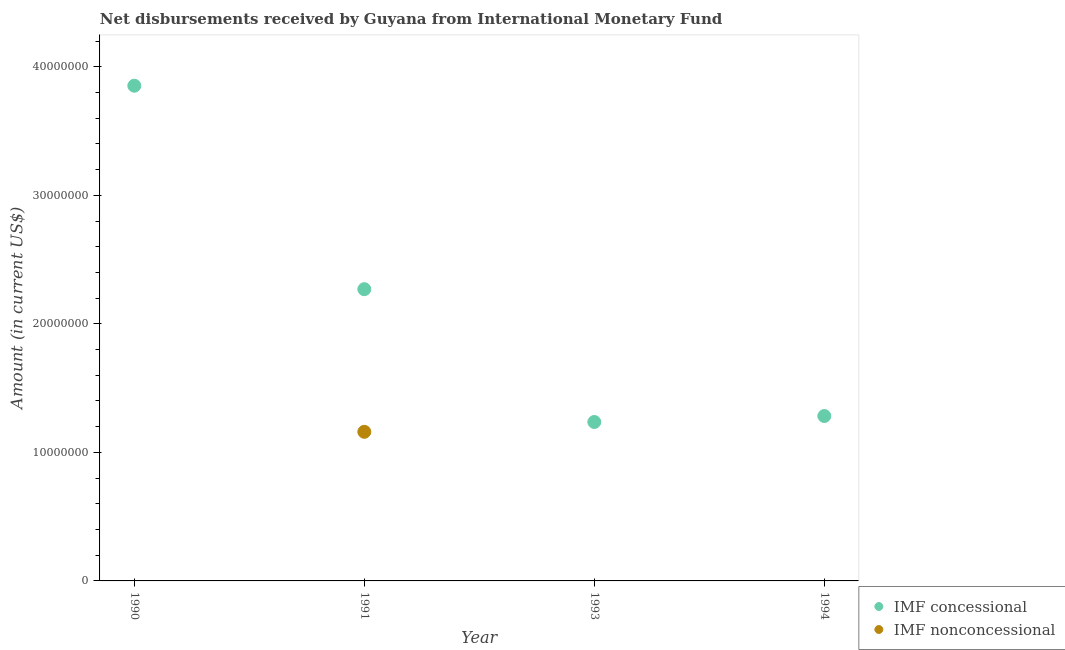
| Year | IMF concessional | IMF nonconcessional |
 | --- | --- | --- |
 | 1990 | 3.85e+07 | -4.06e+07 |
 | 1991 | 2.27e+07 | 1.16e+07 |
 | 1993 | 1.24e+07 | -3.38e+06 |
 | 1994 | 1.28e+07 | -2.19e+07 |